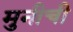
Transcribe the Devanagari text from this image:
मुनीची